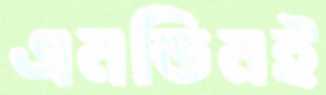
এনডিনই